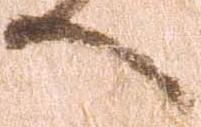
へ